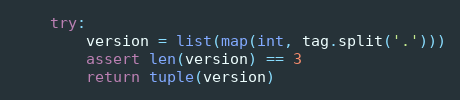
Language: Python
    try:
        version = list(map(int, tag.split('.')))
        assert len(version) == 3
        return tuple(version)